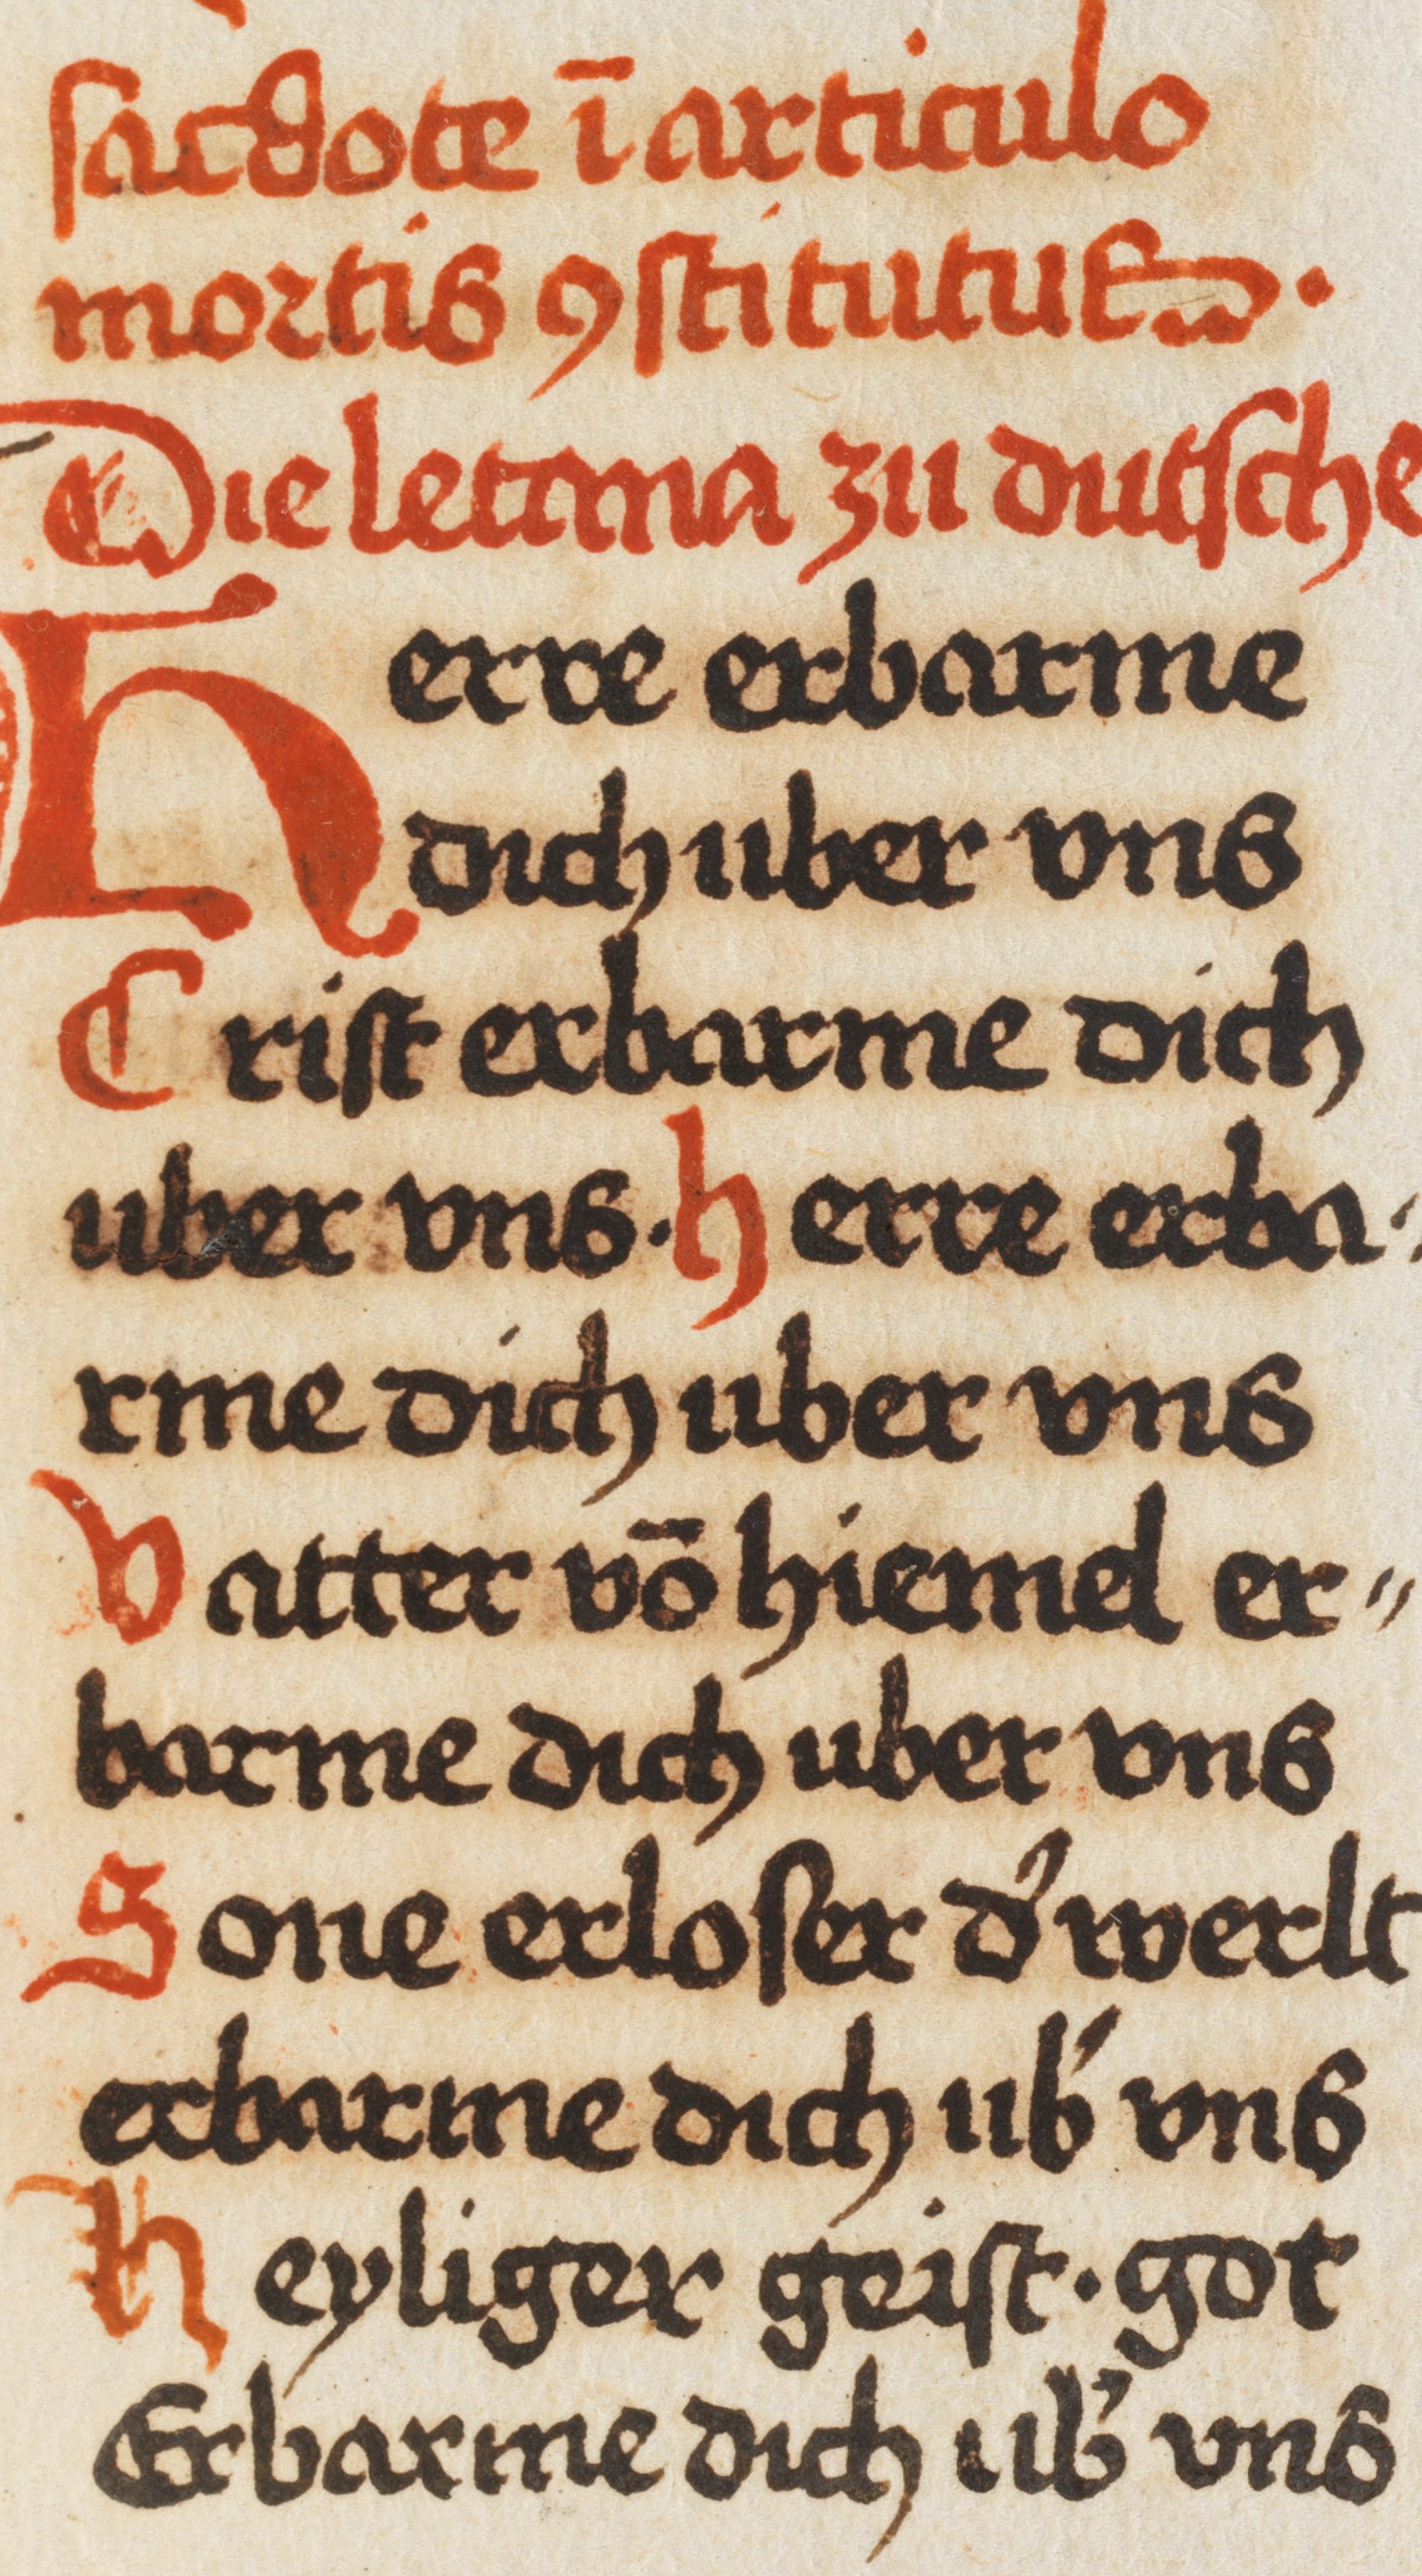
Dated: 1350–1499